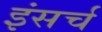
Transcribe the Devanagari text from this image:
इंसर्च